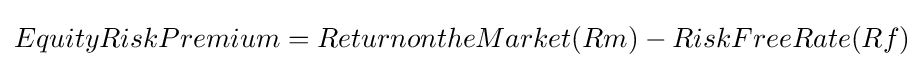
EquityRiskPremium=ReturnontheMarket(Rm)-RiskFreeRate(Rf)